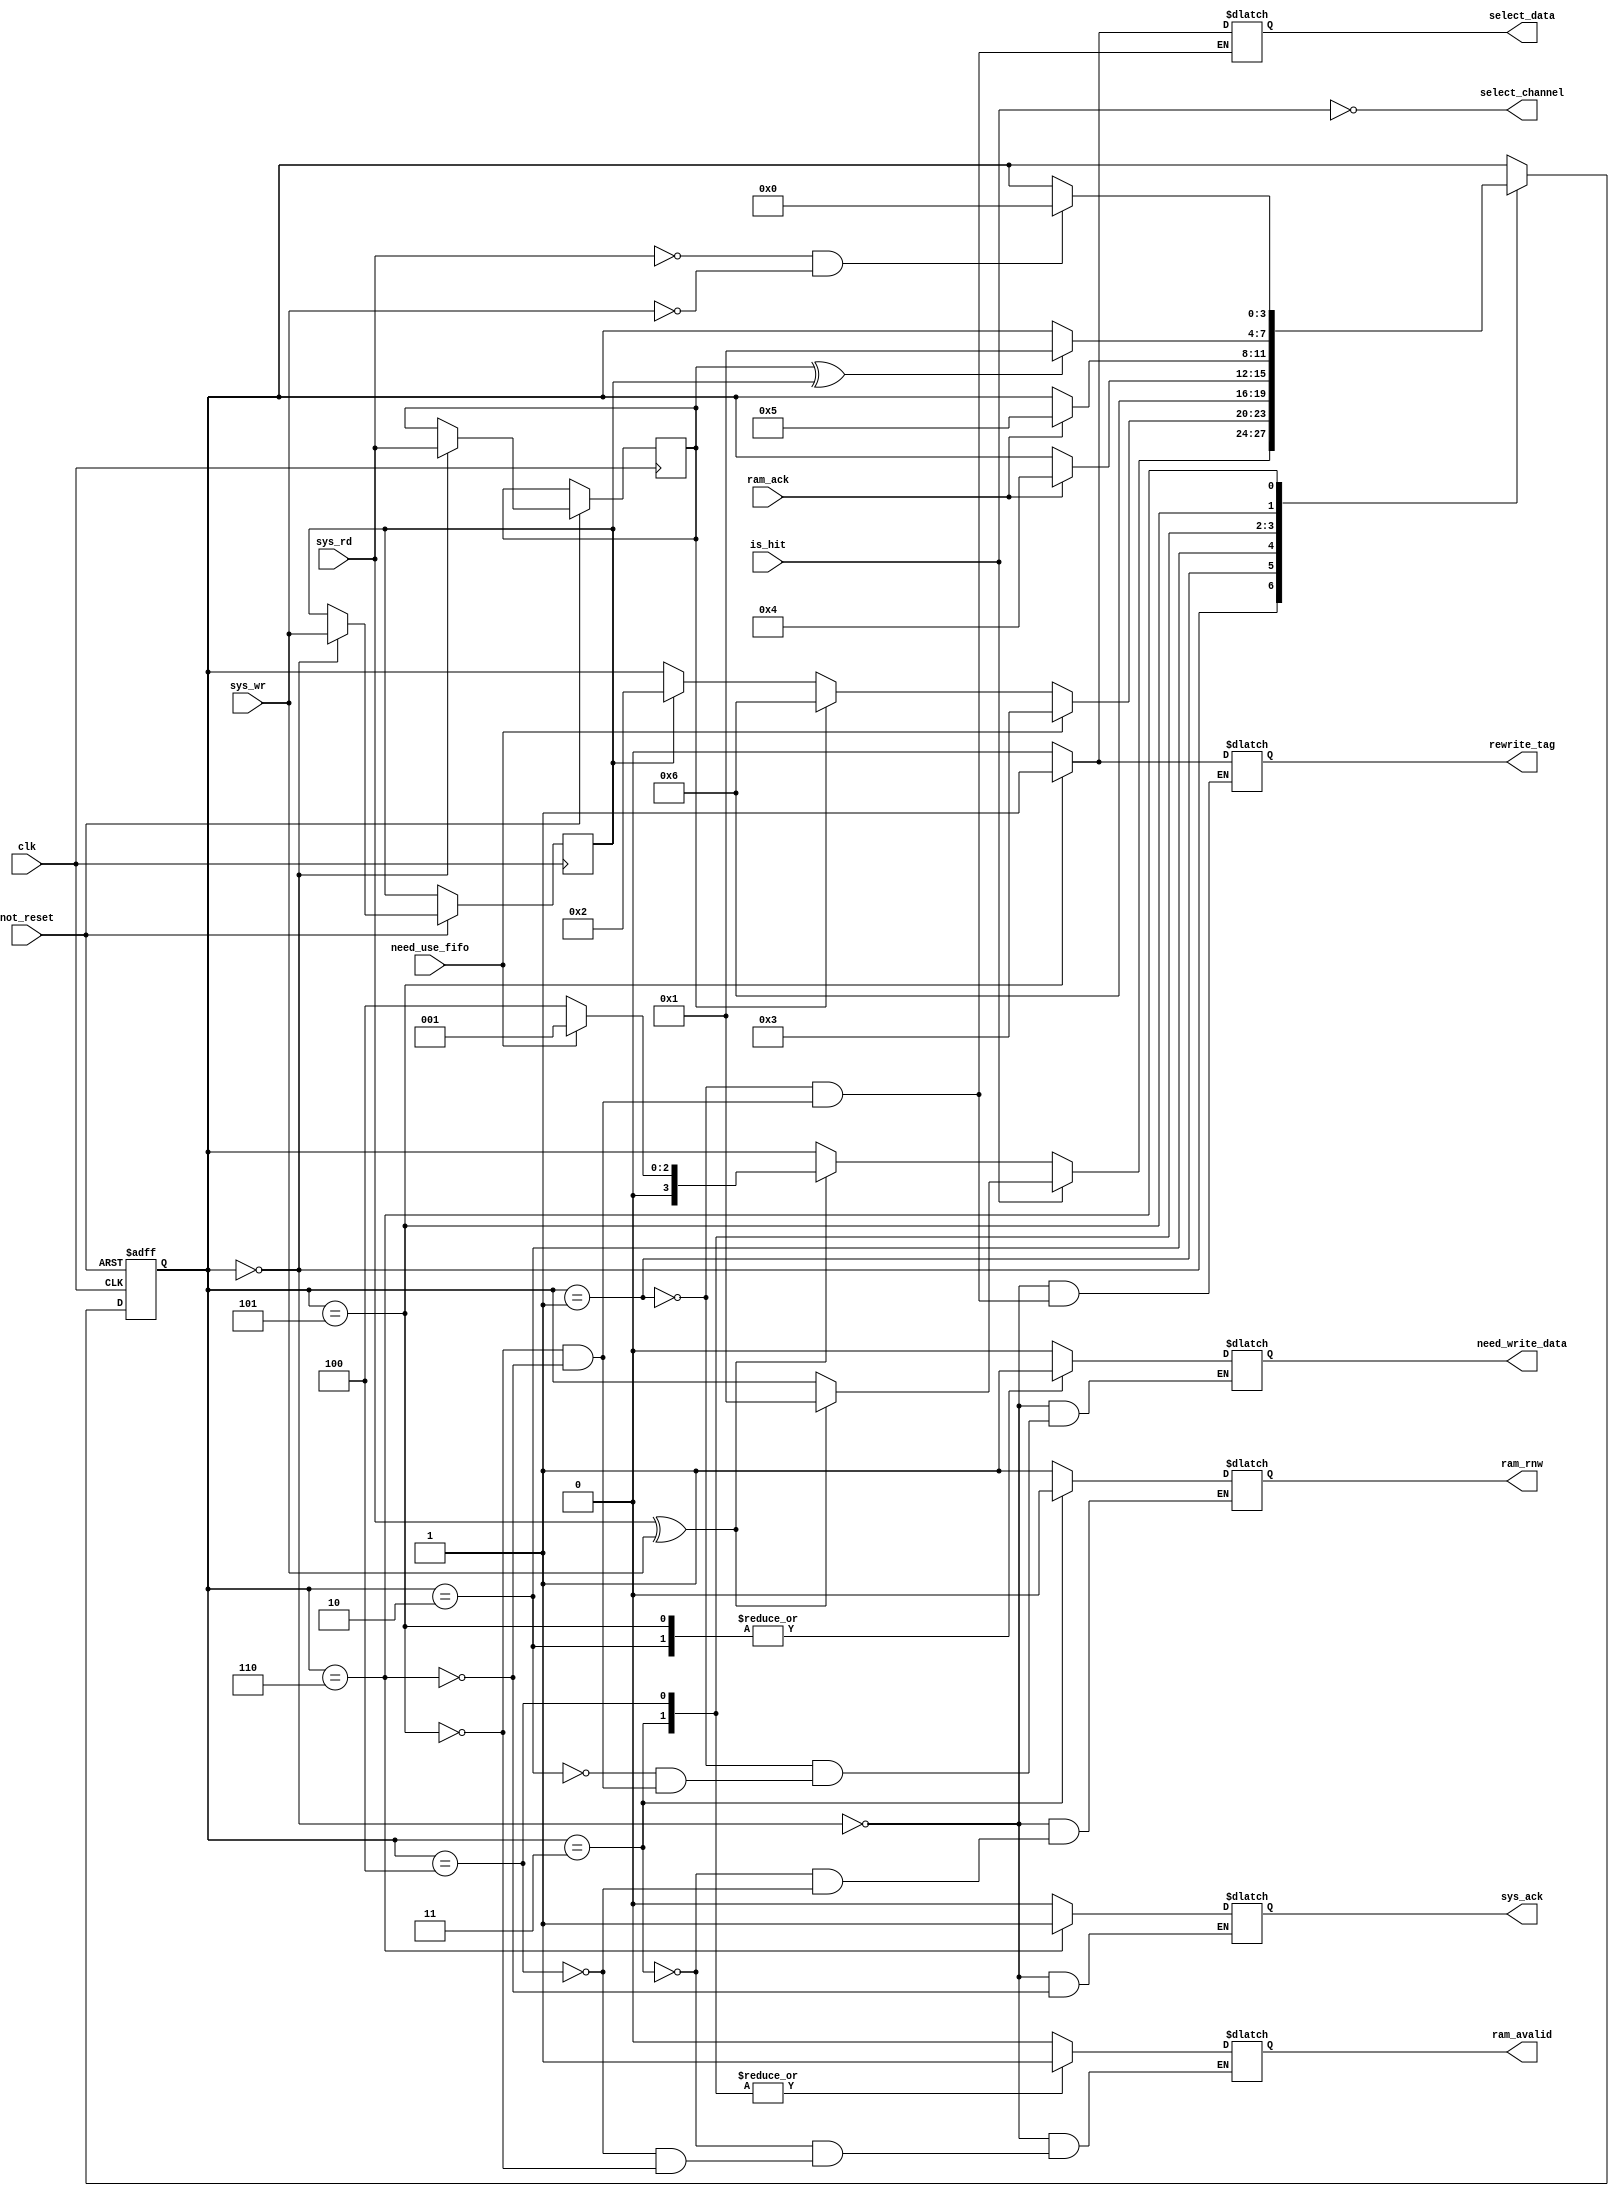
`timescale 1ns / 1ps
//////////////////////////////////////////////////////////////////////////////////
// Company:
//
// Design Name:    control_unit
// Module Name:    Y:/my_project/v_shipugin_cache/control_unit.v
// Project Name:   v_shipugin_cache
// Target Devices:
// Tool versions:
// Description:
//
// Dependencies:
//
// Revision:
// Revision 0.01 - File Created
// Additional Comments:
//
//////////////////////////////////////////////////////////////////////////////////
module control_unit(
           input         clk,
           input         not_reset,

           input         sys_rd,
           input         sys_wr,

           input         is_hit,
           input         need_use_fifo,     //   chan  fifo_chan

           input         ram_ack,

           output reg    ram_avalid,        // ram_avalid - ,    
           output reg    ram_rnw,           // ram_rnw - read(1), write(0)

           output reg    rewrite_tag,       // rewrite_tag -  
           output reg    need_write_data,   //    

           output reg    select_data,
           output reg    select_channel,

           output reg    sys_ack
       );

parameter IDLE_STATE    	= 0;
parameter RCACHE_STATE      = 1;
parameter WCACHE_STATE      = 2;
parameter FIFO_STATE        = 3;
parameter RRAM_STATE        = 4;
parameter UPDATE_STATE      = 5;
parameter ACK_STATE         = 6;

reg [3:0] state;
reg       local_rd;
reg       local_wr;

always @* begin
    select_channel <= !is_hit;

    case(state)
        IDLE_STATE: begin
            need_write_data <= 0;
            rewrite_tag <= 0;
            sys_ack <= 0;
            ram_rnw <= 1;
            ram_avalid <= 0;
        end

        RCACHE_STATE: begin
            select_data <= 0;
            rewrite_tag <= 0;
            need_write_data <= 0;
        end

        WCACHE_STATE: begin
            need_write_data <= 1;
        end

        FIFO_STATE: begin
            ram_rnw <= 0;
            ram_avalid <= 1;
        end

        RRAM_STATE: begin
            ram_rnw <= 1;
            ram_avalid <= 1;
        end

        UPDATE_STATE: begin
            select_data <= 1;
            rewrite_tag <= 1;
            need_write_data <= 1;
            ram_avalid <= 0;
        end

        ACK_STATE: begin
            sys_ack <= 1;
            rewrite_tag <= 0;
            need_write_data <= 0;
            select_data <= 0;
        end
    endcase
end

always @(posedge clk or negedge not_reset) begin
    if(!not_reset) begin
        state <= IDLE_STATE;
    end
    else begin
        case(state)
            IDLE_STATE: begin
                $display("[CONTROL_UNIT] [%3d] IDLE_STATE", $time);

                local_rd <= sys_rd;
                local_wr <= sys_wr;

                if(is_hit) begin
                    if(sys_rd ^ sys_wr) begin
                        state <= RCACHE_STATE;
                    end;
                end
                else if(sys_rd ^ sys_wr) begin
                    if(need_use_fifo) begin
                        state <= RCACHE_STATE;
                    end
                    else begin
                        state <= RRAM_STATE;
                    end
                end
            end

            RCACHE_STATE: begin
                $display("[CONTROL_UNIT] [%3d] RCACHE_STATE", $time);

                if(need_use_fifo) begin
                    state <= FIFO_STATE;
                end else
                    if(local_rd) begin
                        state <= ACK_STATE;
                    end
                    else if(local_wr) begin
                        state <= WCACHE_STATE;
                    end
            end

            WCACHE_STATE: begin
                $display("[CONTROL_UNIT] [%3d] WCACHE_STATE", $time);

                state <= ACK_STATE;
            end

            FIFO_STATE: begin
                $display("[CONTROL_UNIT] [%3d] FIFO_STATE", $time);

                if(ram_ack) begin
                    state <= RRAM_STATE;
                end
            end

            RRAM_STATE: begin
                $display("[CONTROL_UNIT] [%3d] RRAM_STATE", $time);

                if(ram_ack) begin
                    state <= UPDATE_STATE;
                end
            end

            UPDATE_STATE: begin
                $display("[CONTROL_UNIT] [%3d] UPDATE_STATE", $time);

                if(local_rd ^ local_wr) begin
                    state <= RCACHE_STATE;
                end
            end

            ACK_STATE: begin
                $display("[CONTROL_UNIT] [%3d] ACK_STATE", $time);

                if(sys_rd == 0 && sys_wr == 0) begin
                    state <= IDLE_STATE;
                end
            end
        endcase
    end
end

endmodule